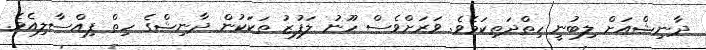
ދާނިޝްއަށް ލިބުނީ ހިތްދަތިކަމެވެ. ވަރަށްވެސް ހޫނު ލަފުޒު ތަކަކުން ދާނިޝްގެ ހިތް ފިއްސާލިއެވެ.